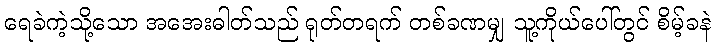
ရေခဲကဲ့သို့သော အအေးဓါတ်သည် ရုတ်တရက် တစ်ခဏမျှ သူ့ကိုယ်ပေါ်တွင် စိမ့်ခနဲ